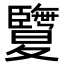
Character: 𦣵